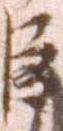
臣